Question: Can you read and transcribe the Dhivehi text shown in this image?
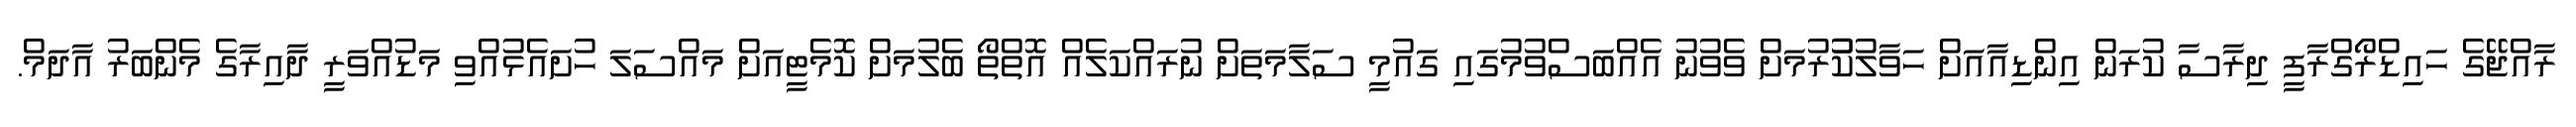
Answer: ރާއްޖޭގެ ހައިޑްރޯގްރާފީ ދިރާސާ ކުރަން އިންޑިއާއަށް ހަވާލުކުުރުމަށް ވެވުނު އެއްބަސްވުމުގައި ގައުމީ ސަލާމަތަށް ނުރައްކަލެއް އޮތްތޯ ބެލުމަށް ކޮމެޓީއަށް މައްސަލަ ހުށައެޅުއްވި މަޑުއްވަރީ ދާއިރާގެ މެންބަރު އާދަމް.